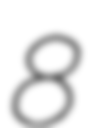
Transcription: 8